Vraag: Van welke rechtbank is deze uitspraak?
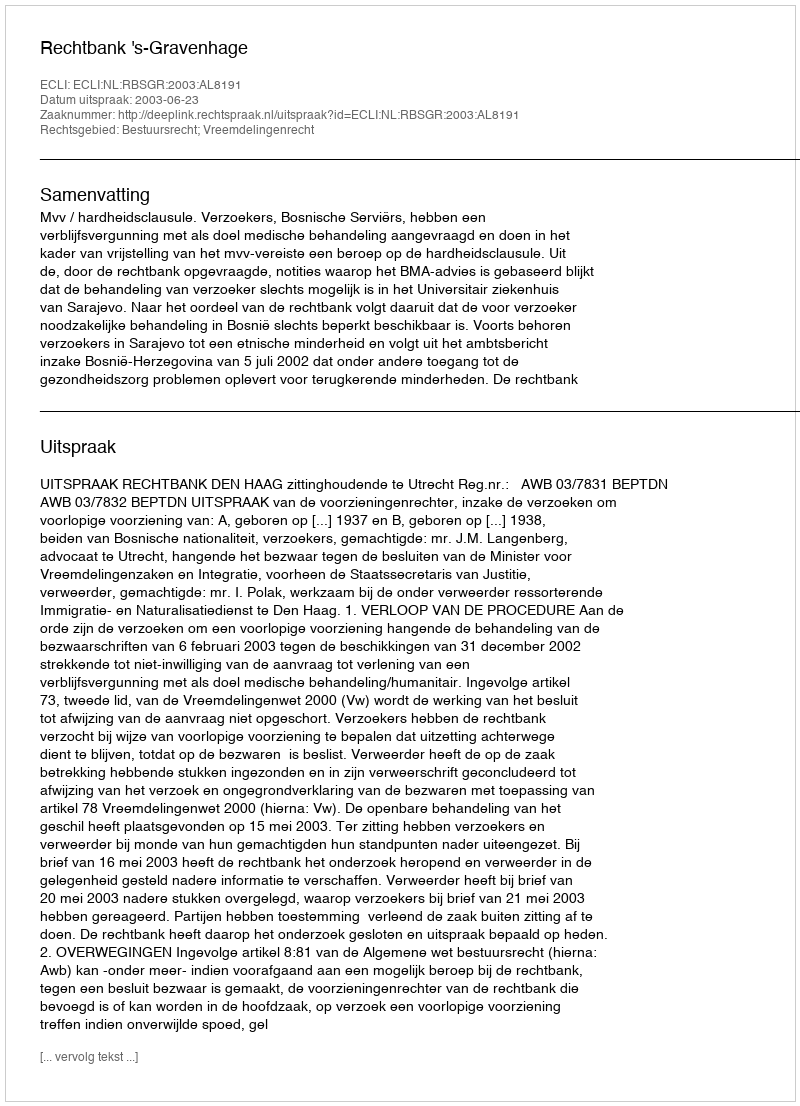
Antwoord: Rechtbank 's-Gravenhage